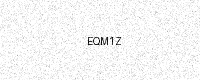
Text: EQM1Z